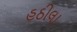
હઠીલા